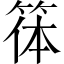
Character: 𥮋